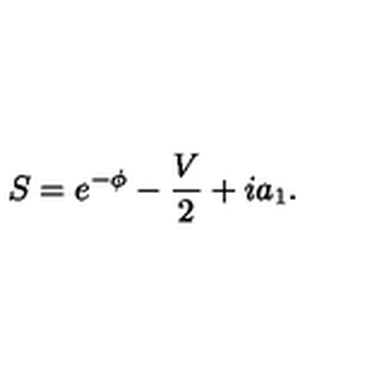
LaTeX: S = e ^ { - \phi } - \frac { V } { 2 } + i a _ { 1 } .